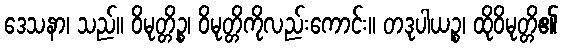
ဒေသနာ၊ သည်။ ဝိမုတ္တိဉ္စ၊ ဝိမုတ္တိကိုလည်းကောင်း။ တဒုပါယဉ္စ၊ ထိုဝိမုတ္တိ၏